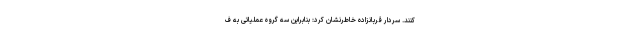
کنند. سردار قربانزاده خاطرنشان کرد: بنابراین سه گروه عملیاتی به ف